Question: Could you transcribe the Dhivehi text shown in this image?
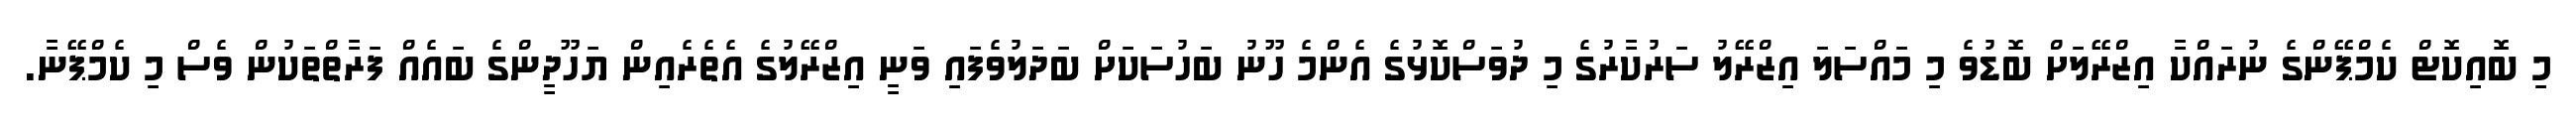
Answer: މި ބޮއިކޮޓް ކެމްޕޭންގެ ނުރައްކާ އިޒްރޭލަށް ބޮޑުވެ މި މައްސަލަ އިޒްރޭލު ސަރުކާރުގެ މި ދުވަސްކޮޅުގެ އެންމެ ހޫނު ބަހުސަކަށް ބަދަލުވެފައި ވަނީ އިޒްރޭލުގެ އެތެރެއިން ޔަހޫދީންގެ ބައެއް ފަރާތްތަކުން ވެސް މި ކެމްޕޭނާ.